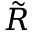
\tilde { R }